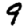
Digit: 9